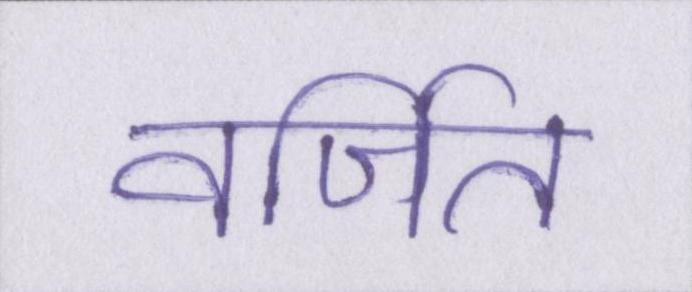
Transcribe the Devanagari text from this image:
वर्जित